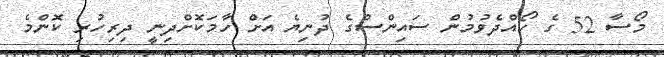
މޯސާ 52 ގެ ހޯއްދެވުމުން ސައިންސްގެ ދުނިޔެ އަށް ހާމަކޮށްދިނީ ދިރިހުރި ކޮންމެ